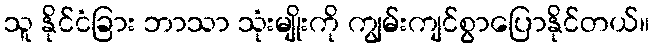
သူ နိုင်ငံခြား ဘာသာ သုံးမျိုးကို ကျွမ်းကျင်စွာပြောနိုင်တယ်။